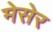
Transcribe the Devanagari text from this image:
मेसेर